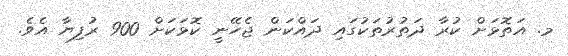
މ. އަތޮޅަށް ކުރާ ދަތުރުތަކުގައި ދައްކަން ޖެހޭނީ ކޮޅަކަށް 900 ރުފިޔާ އެވެ.